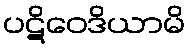
ပဋိဝေဒိယာမိ